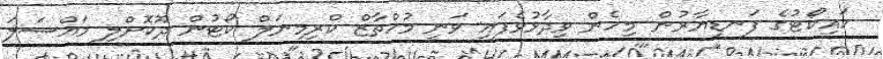
ހައިކޯޓުގެ ފަނޑިޔާރުން މިހެން ވިދާޅުވެފައި ވަނީ މުހްތާޒް ކްރިމިނަލް ކޯޓުން ދޫކޮށްލި މައްސަލަ